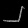
Digit: ၂